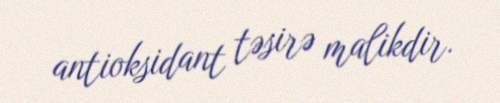
antioksidant təsirə malikdir.